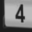
Digit: 4